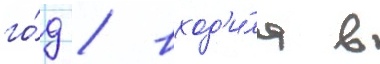
го́д / вход'и́ла в